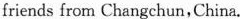
friends from Changchun,China.